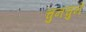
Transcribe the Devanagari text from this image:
चुनचुने